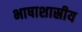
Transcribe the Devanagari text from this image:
भाषाशास्रीय